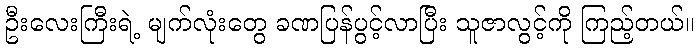
ဦးလေးကြီးရဲ့ မျက်လုံးတွေ ခဏပြန်ပွင့်လာပြီး သူဇာလွင့်ကို ကြည့်တယ်။